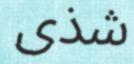
شذى